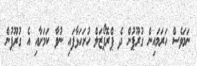
ނަމަވެސް ހަރަމައިން ގުރޫޕުން ދެ ޕްރޮޕޯޒަލް ހުށަހަޅާފައި ނުވާ ކަމަށާއި އެ ގުރޫޕުން